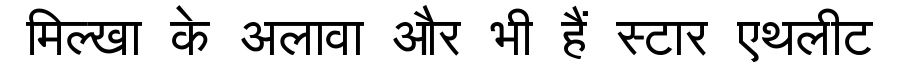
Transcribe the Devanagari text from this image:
मिल्खा के अलावा और भी हैं स्टार एथलीट